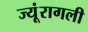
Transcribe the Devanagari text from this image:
ज्यूंरागली